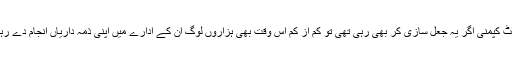
ایگزیکٹ کپمنی اگر یہ جعل سازی کر بھی رہی تھی تو کم از کم اس وقت بھی ہزاروں لوگ ان کے ادارے میں اپنی ذمہ داریاں انجام دے رہے ہیں۔